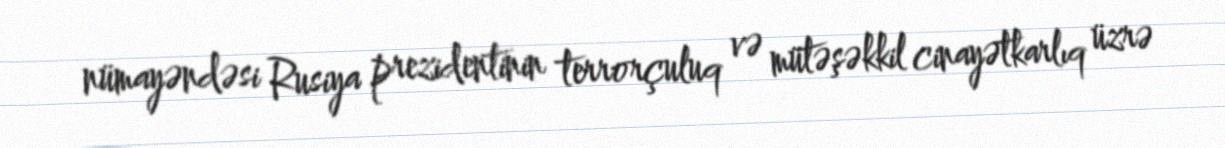
nümayəndəsi Rusiya prezidentinin terrorçuluq və mütəşəkkil cinayətkarlıq üzrə